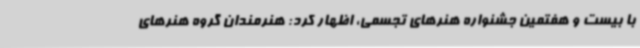
با بیست و هفتمین جشنواره هنرهای تجسمی، اظهار کرد: هنرمندان گروه هنرهای